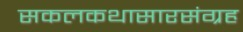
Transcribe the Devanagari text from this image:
सकलकथासारसंग्रह